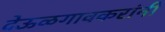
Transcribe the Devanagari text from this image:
देऊळगावकरांनी